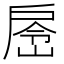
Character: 𭠉